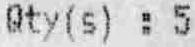
QTY(S) : 5